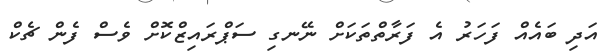
އަދި ބައެއް ފަހަރު އެ ފަރާތްތަކަށް ނޭނގި ސަޕްރައިޒްކޮށް ވެސް ފެން ޗެކް